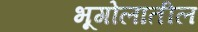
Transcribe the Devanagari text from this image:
भूगोलातील